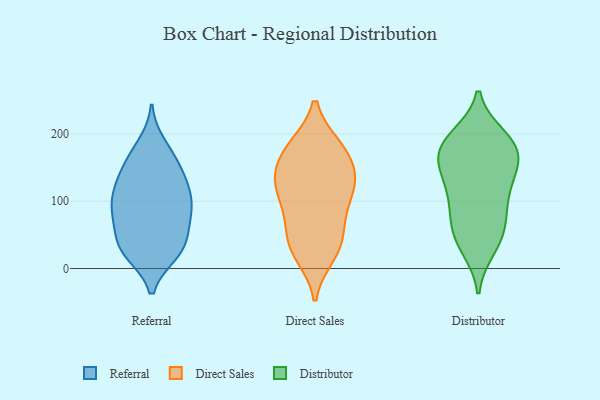
{"axis": {"x": "Satisfaction Score", "y": "Value"}, "legend": ["Direct Sales", "Distributor", "Referral"], "data": [{"x": "", "y": 115, "type": "Referral"}, {"x": "", "y": 53, "type": "Referral"}, {"x": "", "y": 90, "type": "Referral"}, {"x": "", "y": 115, "type": "Referral"}, {"x": "", "y": 33, "type": "Referral"}, {"x": "", "y": 88, "type": "Referral"}, {"x": "", "y": 165, "type": "Referral"}, {"x": "", "y": 28, "type": "Referral"}, {"x": "", "y": 147, "type": "Referral"}, {"x": "", "y": 183, "type": "Referral"}, {"x": "", "y": 124, "type": "Referral"}, {"x": "", "y": 87, "type": "Referral"}, {"x": "", "y": 25, "type": "Referral"}, {"x": "", "y": 32, "type": "Referral"}, {"x": "", "y": 79, "type": "Referral"}, {"x": "", "y": 23, "type": "Referral"}, {"x": "", "y": 161, "type": "Referral"}, {"x": "", "y": 127, "type": "Referral"}, {"x": "", "y": 75, "type": "Referral"}, {"x": "", "y": 95, "type": "Direct Sales"}, {"x": "", "y": 41, "type": "Direct Sales"}, {"x": "", "y": 24, "type": "Direct Sales"}, {"x": "", "y": 127, "type": "Direct Sales"}, {"x": "", "y": 142, "type": "Direct Sales"}, {"x": "", "y": 111, "type": "Direct Sales"}, {"x": "", "y": 77, "type": "Direct Sales"}, {"x": "", "y": 169, "type": "Direct Sales"}, {"x": "", "y": 181, "type": "Direct Sales"}, {"x": "", "y": 37, "type": "Direct Sales"}, {"x": "", "y": 141, "type": "Direct Sales"}, {"x": "", "y": 65, "type": "Direct Sales"}, {"x": "", "y": 130, "type": "Direct Sales"}, {"x": "", "y": 181, "type": "Direct Sales"}, {"x": "", "y": 121, "type": "Direct Sales"}, {"x": "", "y": 181, "type": "Direct Sales"}, {"x": "", "y": 20, "type": "Direct Sales"}, {"x": "", "y": 52, "type": "Distributor"}, {"x": "", "y": 194, "type": "Distributor"}, {"x": "", "y": 110, "type": "Distributor"}, {"x": "", "y": 195, "type": "Distributor"}, {"x": "", "y": 167, "type": "Distributor"}, {"x": "", "y": 80, "type": "Distributor"}, {"x": "", "y": 55, "type": "Distributor"}, {"x": "", "y": 117, "type": "Distributor"}, {"x": "", "y": 95, "type": "Distributor"}, {"x": "", "y": 29, "type": "Distributor"}, {"x": "", "y": 136, "type": "Distributor"}, {"x": "", "y": 132, "type": "Distributor"}, {"x": "", "y": 69, "type": "Distributor"}, {"x": "", "y": 163, "type": "Distributor"}, {"x": "", "y": 197, "type": "Distributor"}, {"x": "", "y": 33, "type": "Distributor"}, {"x": "", "y": 185, "type": "Distributor"}, {"x": "", "y": 154, "type": "Distributor"}, {"x": "", "y": 170, "type": "Distributor"}, {"x": "", "y": 168, "type": "Distributor"}]}